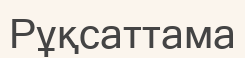
Рұқсаттама